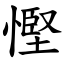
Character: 慳